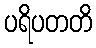
ပရိပတတိ